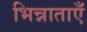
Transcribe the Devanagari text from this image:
भिन्नाताएँ